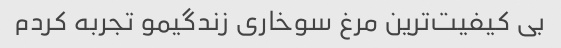
بی کیفیت‌ترین مرغ سوخاری زندگیمو تجربه کردم